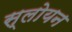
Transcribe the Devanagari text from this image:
स्लोयन